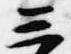
三